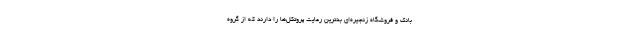
بانک و فروشگاه زنجیره‌ای بدترین رعایت پروتکل‌ها را دارند که از گروه